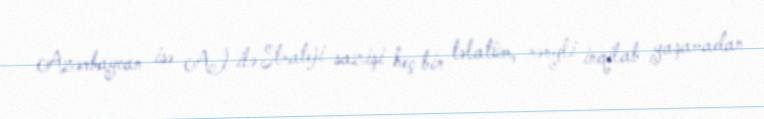
Azərbaycan isə Aİ ilə Strateji sazişi heç bir təlatüm, rəngli inqilab yaşamadan